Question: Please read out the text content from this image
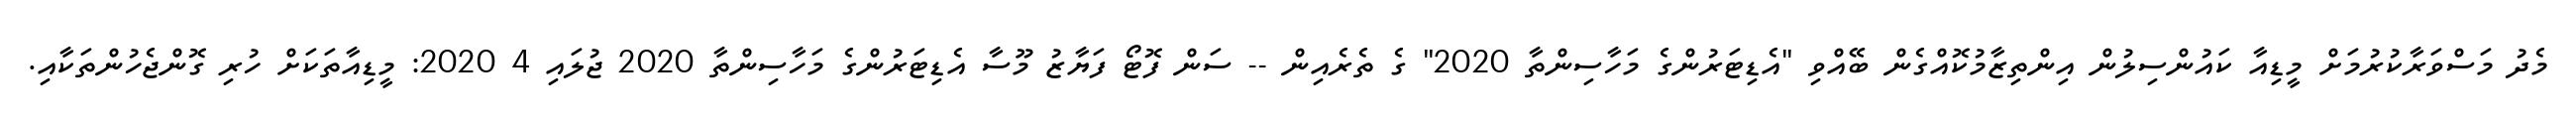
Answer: މެދު މަސްވަރާކުރުމަށް މީޑިއާ ކައުންސިލުން އިންތިޒާމުކޮއްގެން ބޭއްވި "އެޑިޓަރުންގެ މަހާސިންތާ 2020" ގެ ތެރެއިން -- ސަން ފޮޓޯ ފަޔާޒު މޫސާ އެޑިޓަރުންގެ މަހާސިންތާ 2020 ޖުލައި 4 2020: މީޑިއާތަކަށް ހުރި ގޮންޖެހުންތަކާއި.